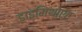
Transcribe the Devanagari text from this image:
डाइमिथोएट